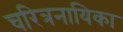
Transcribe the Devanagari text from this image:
चरित्रनायिका